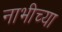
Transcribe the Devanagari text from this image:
नाभीच्या